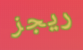
ريجز